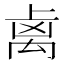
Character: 𥜾